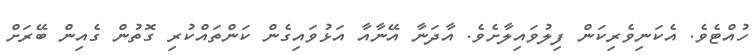
ހުއްޓެވެ. އެކަނިވެރިކަން ފިލުވައިލާށެވެ. އާދަނާ އޭނާއާ އަޅުވައިގެން ކަންތައްކުރި ގޮތުން ގެއިން ބޭރަށް